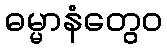
ဓမ္မာနံတွေဝ